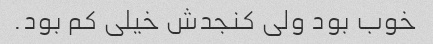
خوب بود ولی کنجدش خیلی کم بود.